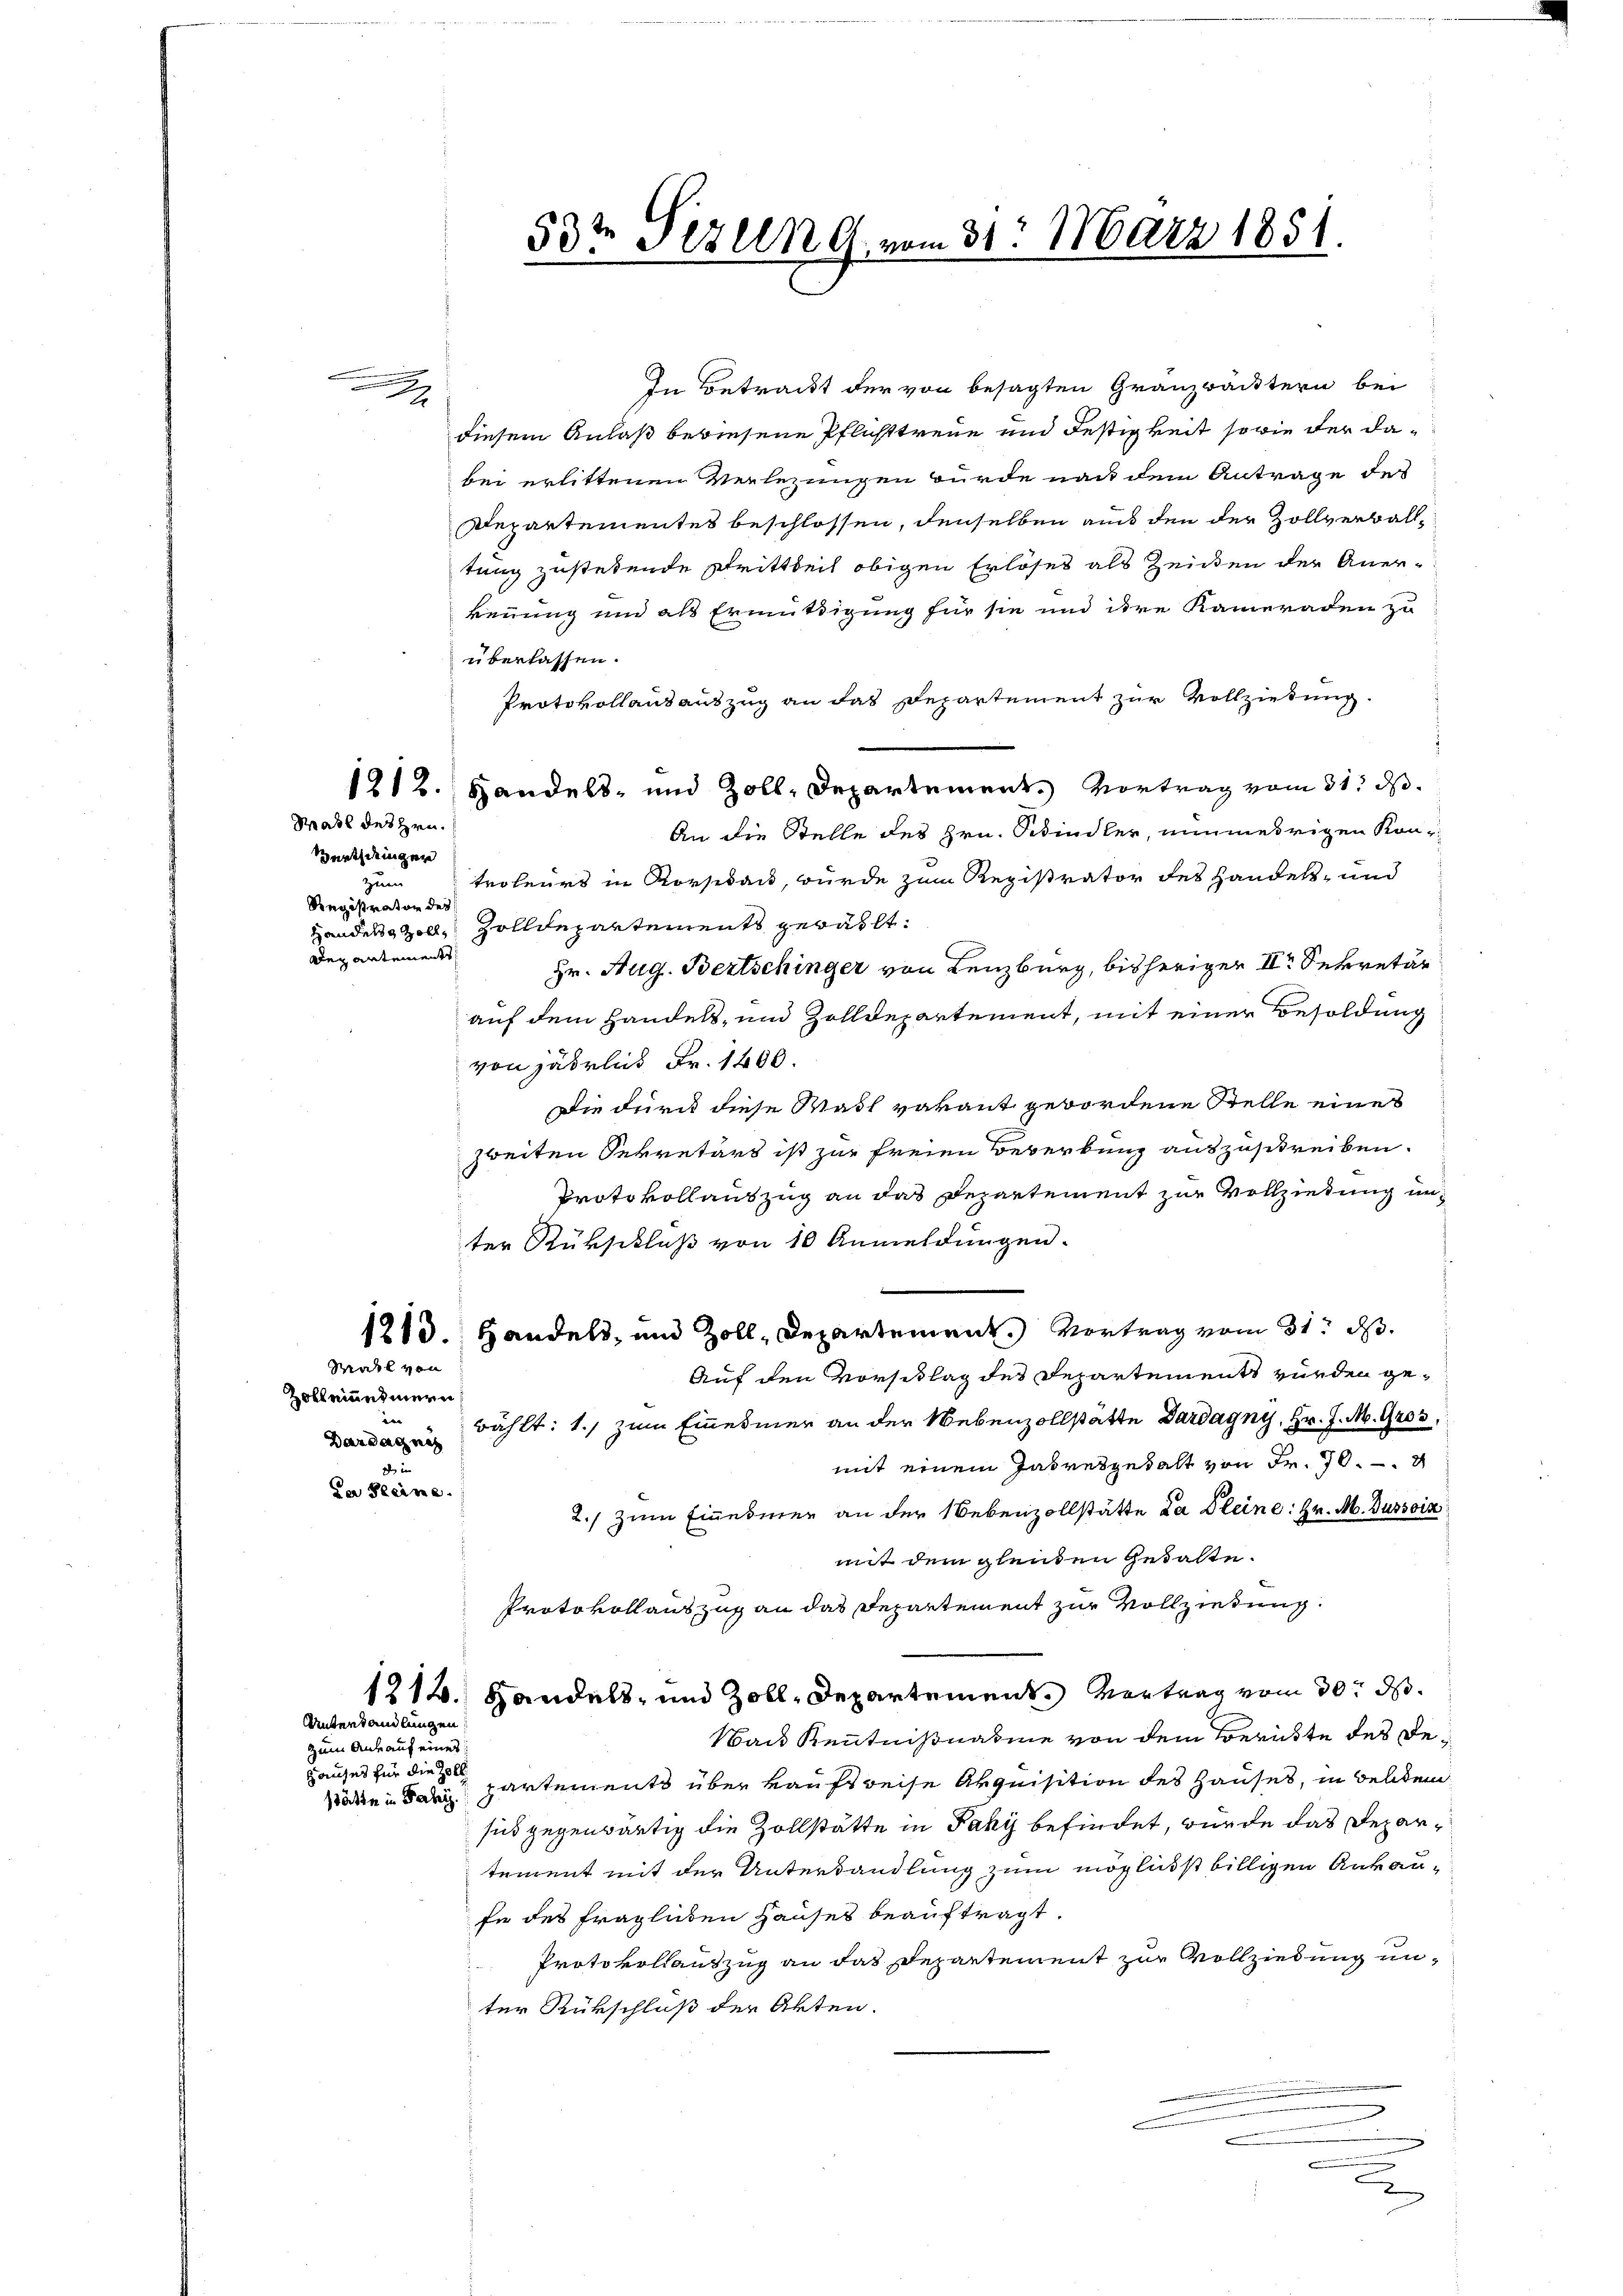
Mass des Hrn.

Bürth deinger
zum
Registrator der
Des antements

.

zum Ankauf eines:
Hauses für die Zoll

Unterhandlungen

In Betrackt der von besagten Granzbäcktern bei
diesem Anlaß bewiesene Pflichttreue und Festigkeit sowie der dabei erlittenen Verlegungen wurde nach dem Antrage des
Departementes beschlossen, denselben aus den der Zollverballtung zustehende Schrittheit obigen Erlöses als Zeiten der Aner-
kennung und als Ermüdigung für sie und ihre Kameraden zu
überlassen.
Protokollandauszug an das Departement zur Vollziehung.
1212. Handels- und Zoll, Departement. Vortrag vom 31. ds.
An die Stelle des Hrn. Schindler, nunmehrigen Kon-
troleurs in Korsidant, wurde zum Registrator des Handels- und
Handen Zoll, Zolldepartements gewählt:
Hr. Aug. Bertschinger von Lenzburg, bisherigen II. Sekretär
auf dem Handels- und Zolldepartement, mit einer Besoldung
von jährlich Fr. 1400.
Die durch diese Wach verant gewordene Stelle eines
zweiten Sekretärs ist zur freien Bewerbung auszuschreiben.
Protokollauszug an das Departement zur Vollziehung im
ter Rükschluß von 10 Anmeldungen.
1213. Handels, und Zoll, Departement.) Vortrag vom 31. ds.
Auf den Vorschlag des Departements wurden gewählt: 1.) zum Emesmer an der Nebenzollstätte Dardagny, Hr. J. M. 9263
mit einem Jahresgesalt von Fr. 70
2.) zum Einedmer an der Nebenzollstätte da Kleine: Hr. M. Bussoin
mit dem gleiden Gehalte.
Protokollauszug an das Departement zur Vollziehung.
1214. Handels- und Zoll, Departement. Vertrag vom 30. ds.
Wads Kenntnißnahme von dem Berükte des de
äden in dari partements über kaufsreise Arquisition des Hauses, in Beliden
sich gegenwärtig die Zollstätte in Paky befindet, wurde das Departement mit der Unterhandlung zum möglichst billigen Ankaufe des fraglichen Hauses beauftragt.
Protokollauszug an das Departement zur Vollziehung unter Rückschluß der Akten.
F

Mahl von
Zolleinesmern
e
Dardagni

da Kleine

53te Sizung vom 31. März 1851.